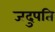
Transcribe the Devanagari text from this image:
जदुपति